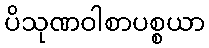
ပိသုဏဝါစာပစ္စယာ